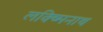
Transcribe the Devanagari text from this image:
लक्ष्मिनाथ